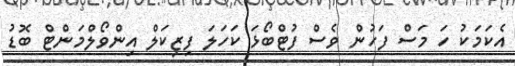
އެކަމަކު ހަ މަސް ފަހުން ވެސް ފުޓްބޯޅަ ކަހަލަ ފިޒިކަލް އިންވޯލްމަންޓް ބޮޑު